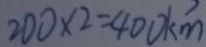
2 0 0 \times 2 = 4 0 0 k m